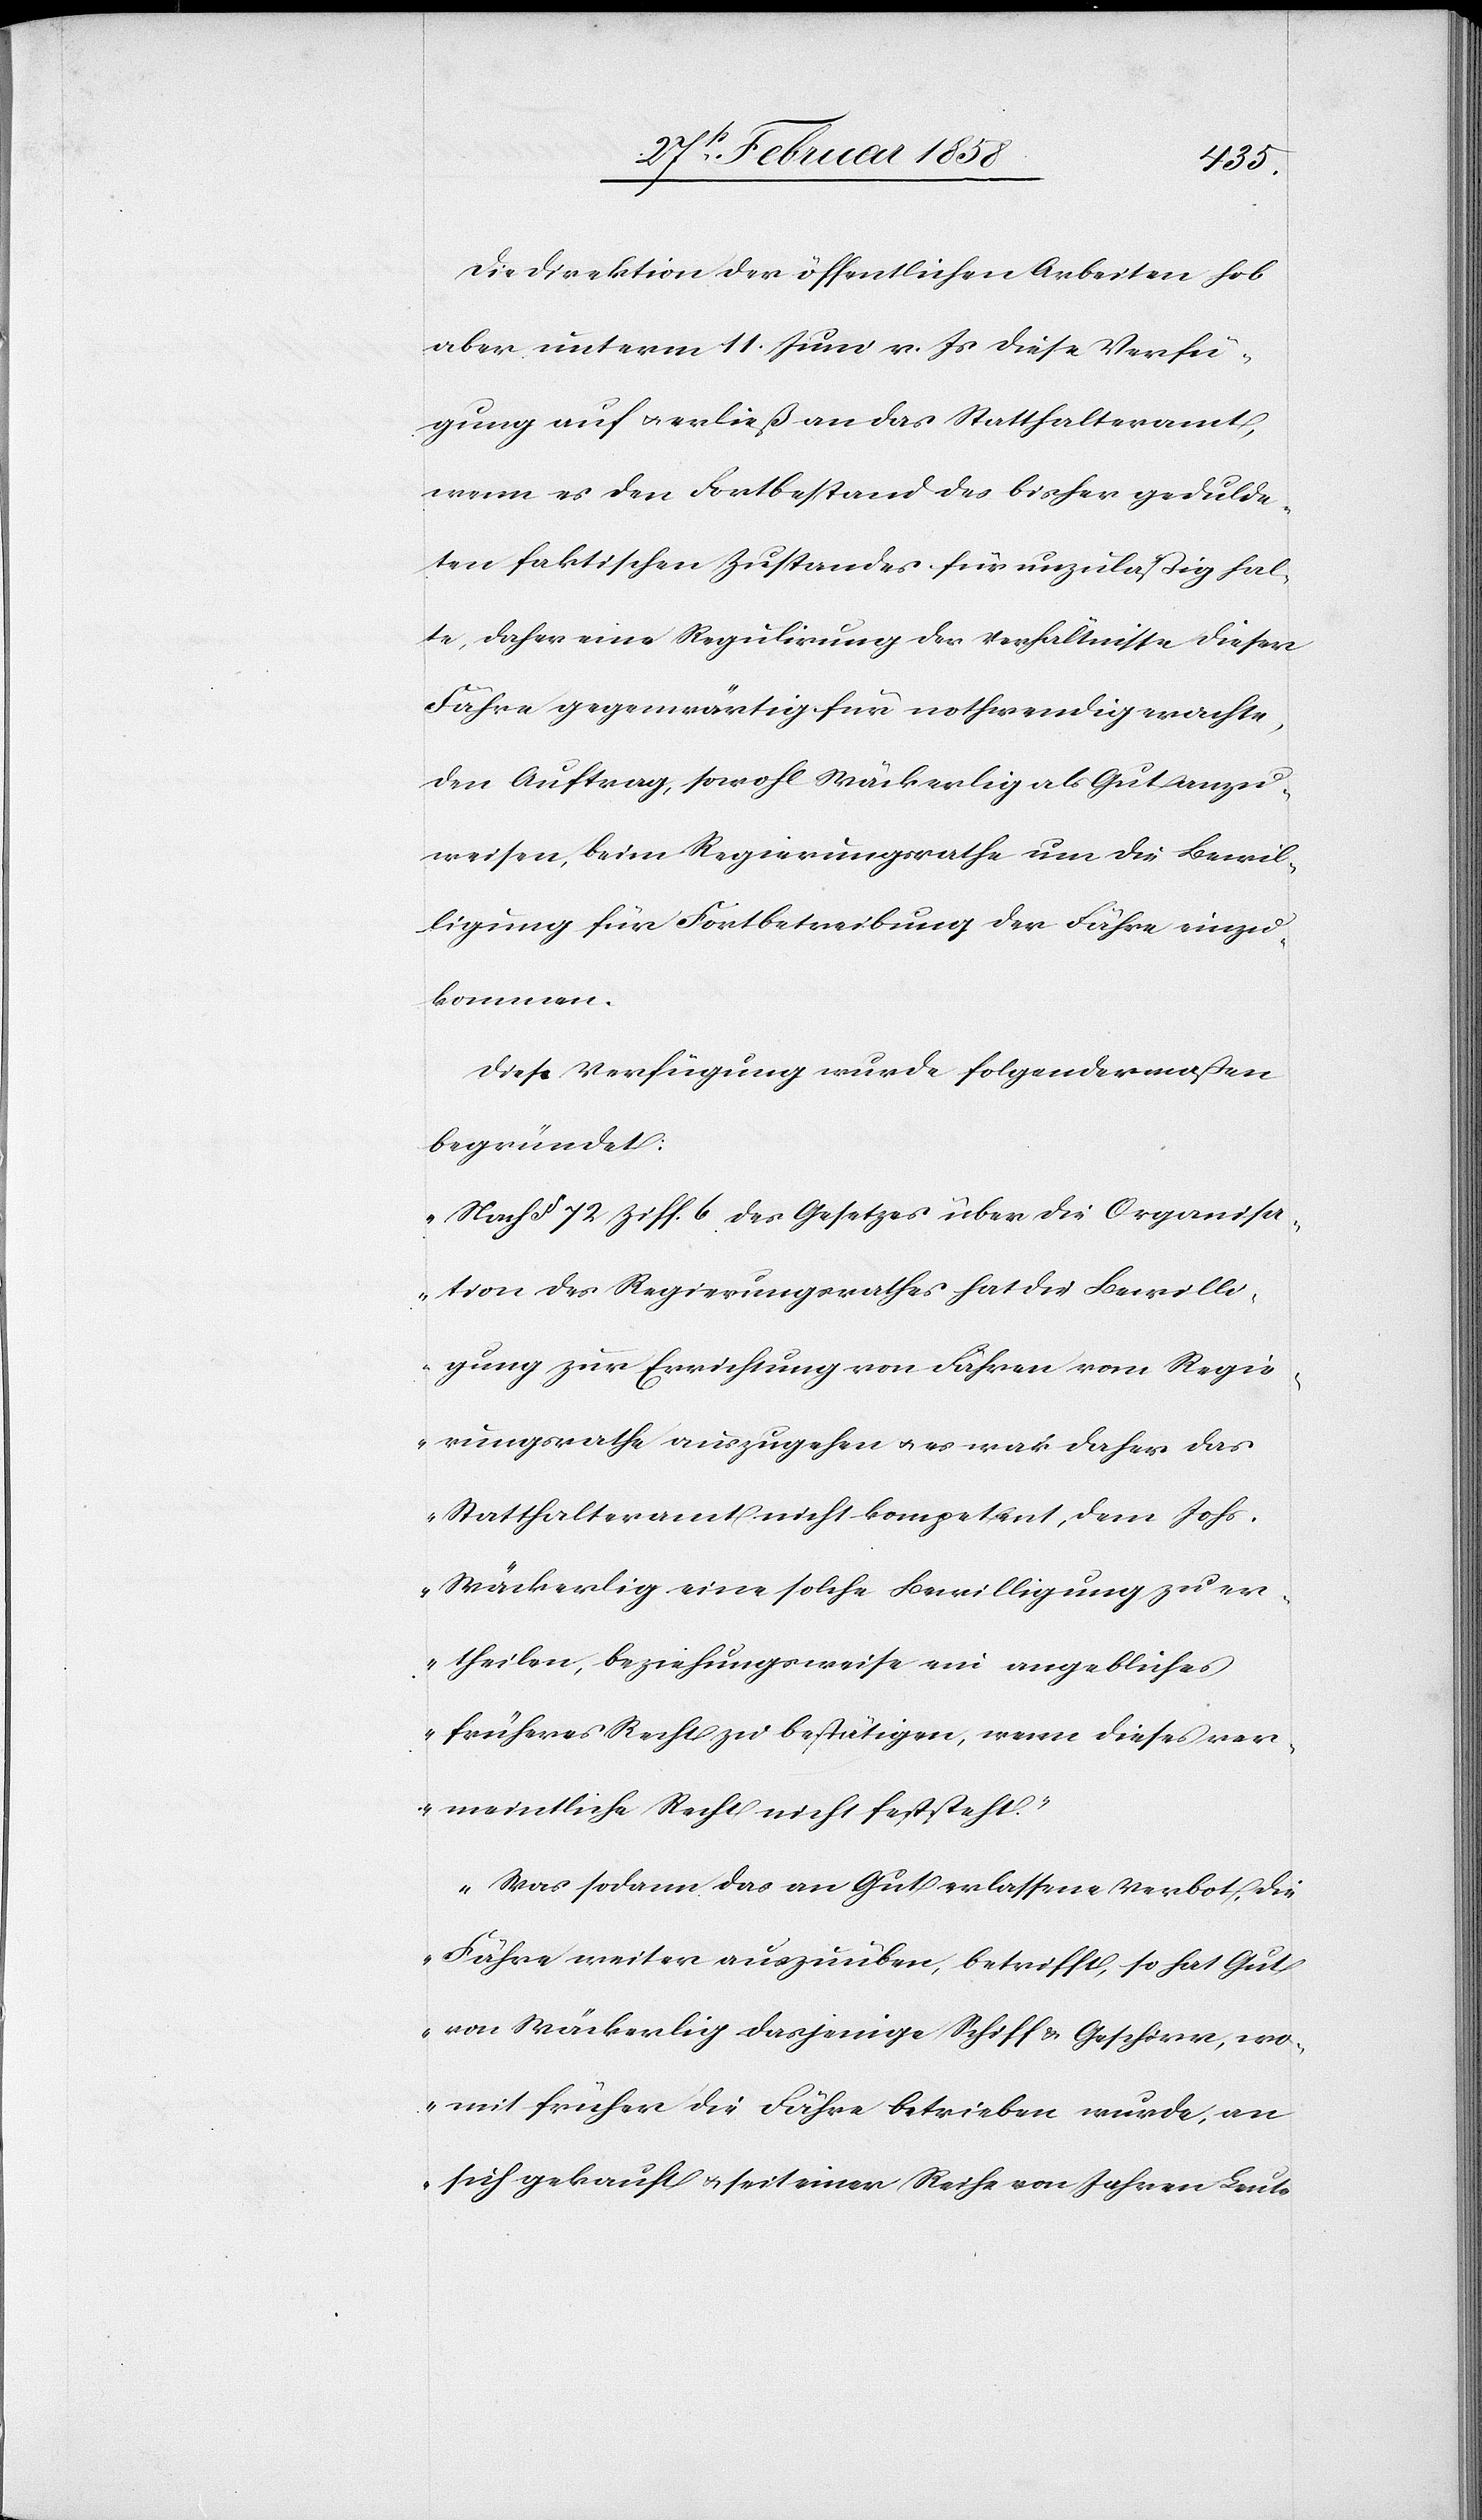
Die Direktion der öffentlichen Arbeiten hob
aber unterm 11. Juni v. Js. diese Verfü¬
gung auf u. erließ an das Statthalteramt,
wenn es den Fortbestand des bisher gedulde¬
ten faktischen Zustandes für unzuläßig hal¬
te, daher eine Regulirung der Verhältnisse dieser
Fähre gegenwärtig für nothwendig erachte,
den Auftrag, sowohl Wäckerlig als Gut anzu¬
weisen, beim Regierungsrathe um die Bewil¬
ligung für Fortbetreibung der Fähre einzu¬
kommen.
Diese Verfügung wurde folgendermaßen
begründet:
„Nach § 72 Ziff. 6 des Gesetzes über die Organisa¬
tion des Regierungsrathes hat die Bewilli¬
gung zur Errichtung von Fähren vom Regie¬
rungsrathe auszugehen u. es war daher das
Statthalteramt nicht kompetent, dem Johs.
Wäckerlig eine solche Bewilligung zu er¬
theilen, beziehungsweise ein angebliches
früheres Recht zu bestätigen, wenn dieses ver¬
meintliche Recht nicht feststeht.
„Was sodann das an Gut erlassene Verbot, die
Fähre weiter auszuüben, betrifft, so hat Gut
von Wäckerlig dasjenige Schiff u. Geschirr, wo¬
mit früher die Fähre betrieben wurde, an
sich gekauft u. seit einer Reihe von Jahren Leute